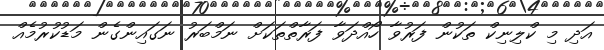
އަދި މި ކްލިނިކް ތަކުން ފަރުވާ ހޯއްދަވާ ފަރާތްތަކަށް ނަމްބަރު ނަގައިންގެން މަޑުކުރުމެއް